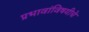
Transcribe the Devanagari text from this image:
प्रभावांविषयीचे